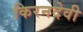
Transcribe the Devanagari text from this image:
किरनदेवी